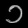
Digit: ၁